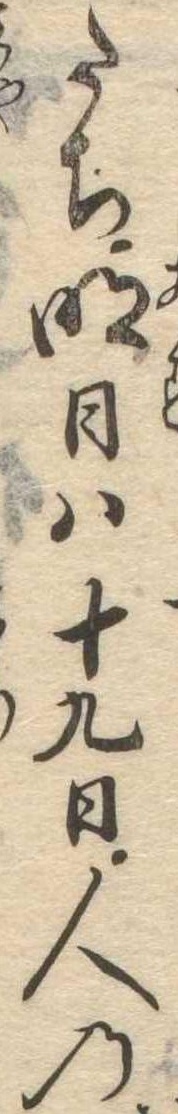
たち明日は十九日人の